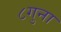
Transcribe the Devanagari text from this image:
८गुना